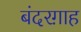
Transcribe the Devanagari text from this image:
बंदरग़ाह